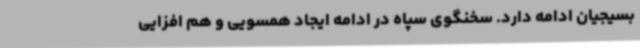
بسیجیان ادامه دارد. سخنگوی سپاه در ادامه ایجاد همسویی و هم افزایی